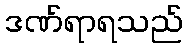
ဒဏ်ရာရသည်